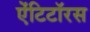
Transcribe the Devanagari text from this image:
ऐंटिटॉरस